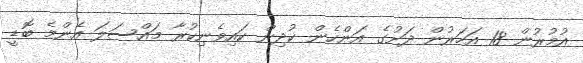
އުމުރުން 18 އަހަރުން ދަށުގެ އަންހެން ކުދިން ކައިވެނިކުރާ މައްސަލަ އެންމެ ބޮޑީ